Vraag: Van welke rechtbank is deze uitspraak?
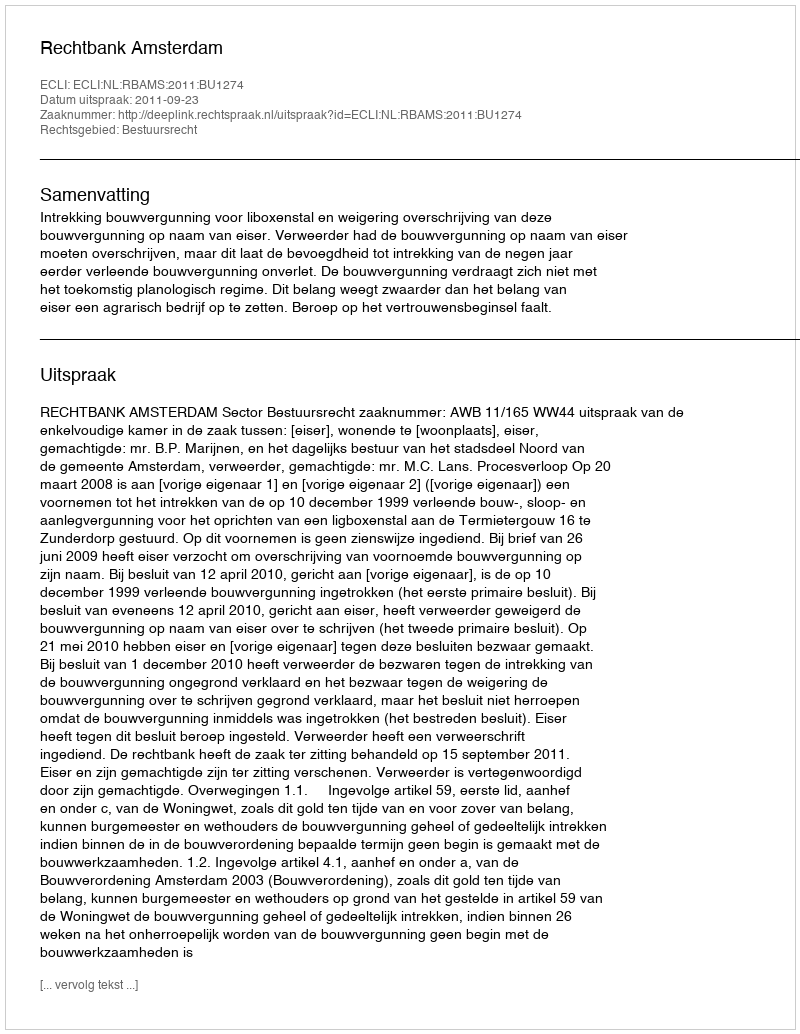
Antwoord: Rechtbank Amsterdam